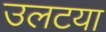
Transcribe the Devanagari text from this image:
उलटया